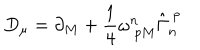
D _ { \mu } = \partial _ { M } + \frac { 1 } { 4 } \omega _ { ~ p M } ^ { n } \hat { \Gamma } _ { n } ^ { ~ p }